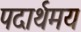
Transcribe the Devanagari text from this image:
पदार्थमय